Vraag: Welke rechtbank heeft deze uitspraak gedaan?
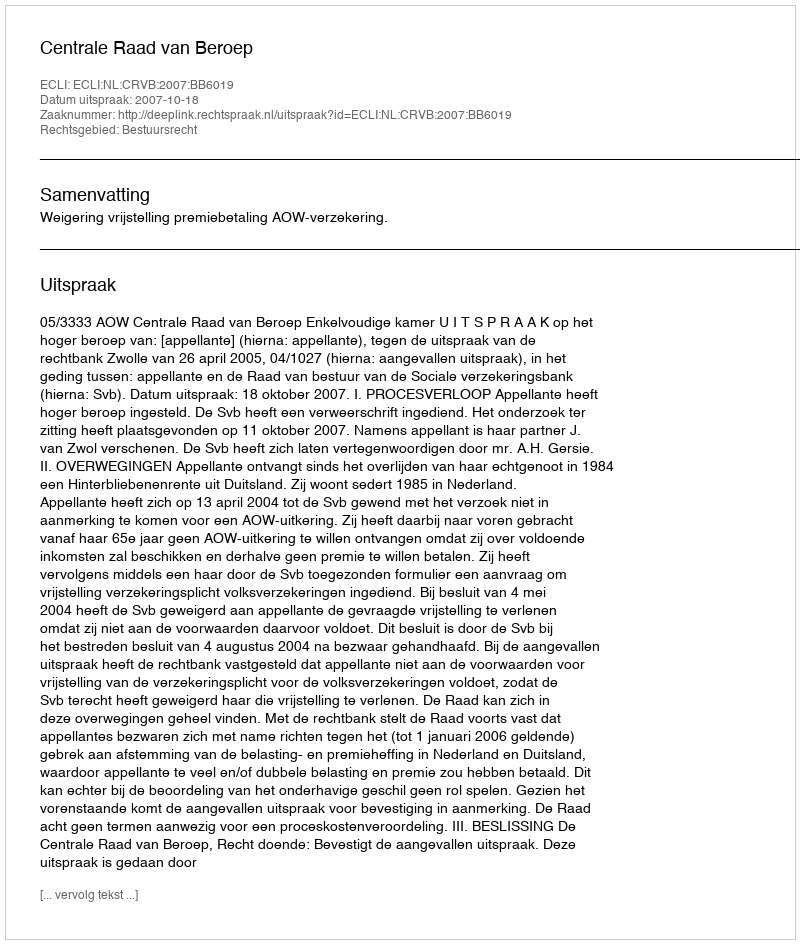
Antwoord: Centrale Raad van Beroep